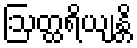
ဩတ္ထရိယျန္တိ